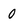
Character: 0